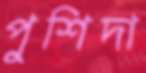
পুশিদা